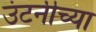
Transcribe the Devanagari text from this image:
उंटनीच्या